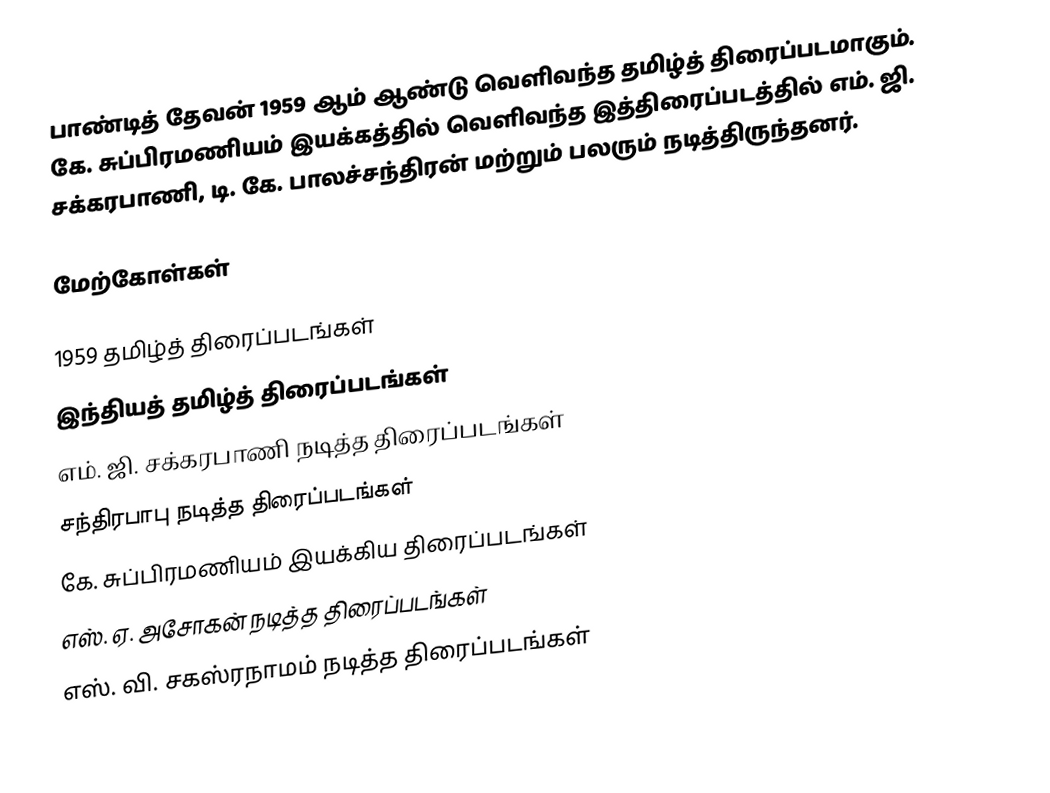
பாண்டித் தேவன் 1959 ஆம் ஆண்டு வெளிவந்த தமிழ்த் திரைப்படமாகும். கே. சுப்பிரமணியம் இயக்கத்தில் வெளிவந்த இத்திரைப்படத்தில் எம். ஜி. சக்கரபாணி, டி. கே. பாலச்சந்திரன் மற்றும் பலரும் நடித்திருந்தனர்.

மேற்கோள்கள்

1959 தமிழ்த் திரைப்படங்கள்
இந்தியத் தமிழ்த் திரைப்படங்கள்
எம். ஜி. சக்கரபாணி நடித்த திரைப்படங்கள்
சந்திரபாபு நடித்த திரைப்படங்கள்
கே. சுப்பிரமணியம் இயக்கிய திரைப்படங்கள்
எஸ். ஏ. அசோகன் நடித்த திரைப்படங்கள்
எஸ். வி. சகஸ்ரநாமம் நடித்த திரைப்படங்கள்